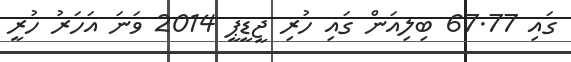
ގައި 67.77 ބިލިއަން ގައި ހުރި ޖީޑީޕީ 2014 ވަނަ އަހަރު ހުރީ